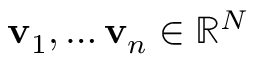
\mathbf { v } _ { 1 } , \ldots \mathbf { v } _ { n } \in \mathbb { R } ^ { N }